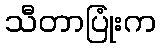
သီတာပြုံးက